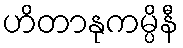
ဟိတာနုကမ္ပိနီ